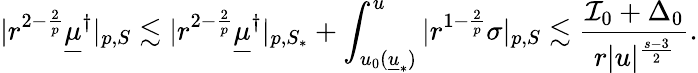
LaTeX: |r^{2-\frac{2}{p}}{\underline{{\mu}}}^{\dagger}|_{p,S}\lesssim|r^{2-\frac{2}{p}}{\underline{{\mu}}}^{\dagger}|_{p,S_{*}}+\int_{u_{0}({\underline{{u}}}_{*})}^{u}|r^{1-\frac{2}{p}}\sigma|_{p,S}\lesssim\frac{\mathcal{I}_{0}+\Delta_{0}}{r|u|^{\frac{s-3}{2}}}.